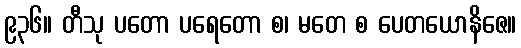
၉၃၆။ တီသု ပတော ပရေတော စ၊ မတေ စ ပေတယောနိဇေ။